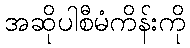
အဆိုပါစီမံကိန်းကို